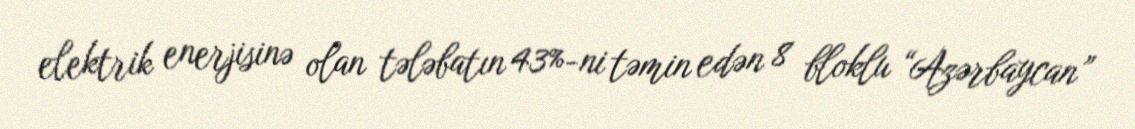
elektrik enerjisinə olan tələbatın 43%-ni təmin edən 8 bloklu “Azərbaycan”